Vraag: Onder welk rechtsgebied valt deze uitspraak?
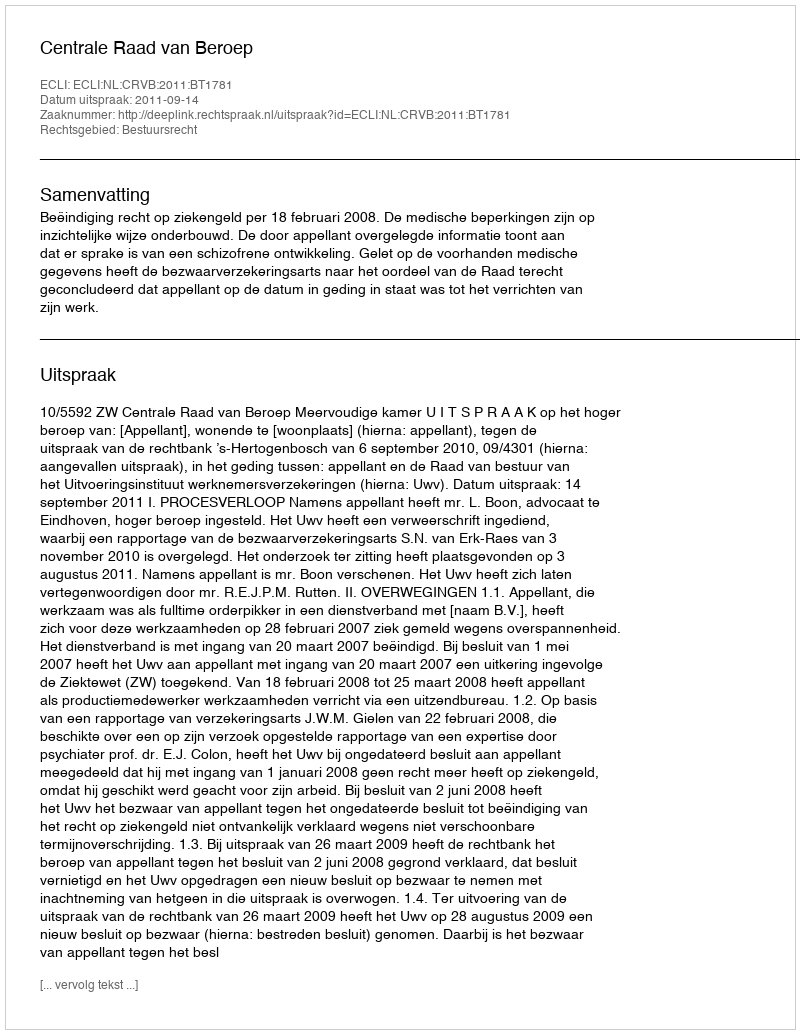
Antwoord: Bestuursrecht